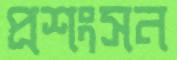
প্রশংসন